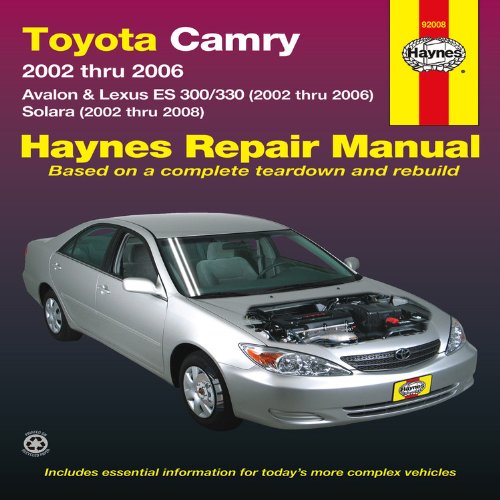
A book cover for Toyota Camry: 2002 thru 2006 - Avalon & Lexus ES 300/330 (2002 thru 2006) - Solara (2002 thru 2008) (Haynes Repair Manual); Editors of Haynes Manuals; Engineering & Transportation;